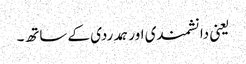
یعنی دانشمندی اور ہمدردی کے ساتھ۔